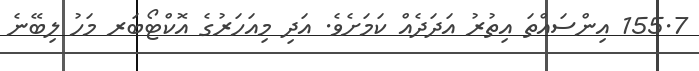
155.7 އިންސައްތަ އިތުރު އަދަދެއް ކަމަށެވެ. އަދި މިއަހަރުގެ އޮކްޓޯބަރ މަހު ލިބޭނެ